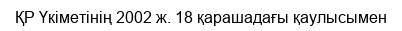
ҚР Үкіметінің 2002 ж. 18 қарашадағы қаулысымен